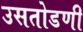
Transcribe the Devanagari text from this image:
उसतोडणी